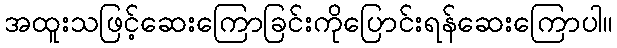
အထူးသဖြင့်ဆေးကြောခြင်းကိုပြောင်းရန်ဆေးကြောပါ။